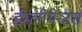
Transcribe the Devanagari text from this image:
ईम्लीमेन्टर्स